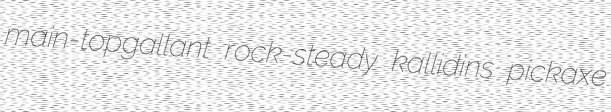
main-topgallant rock-steady kallidins pickaxe